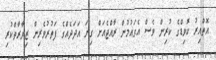
އޮތްއިރު ކޮވިޑްގެ ކުރިން ވެސް އެގައުމުން ރާއްޖެއަށް ގިނަ އަދަދެއްގެ ފަތުރުވެރިން ޒިޔާރާތްކުރި